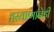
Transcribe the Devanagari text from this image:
हरयाणानेही